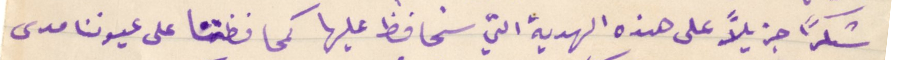
شكرًا جزيلًا على هذه الهدية التي سنحافظ عليها كمحافظتنا على عيوننا مدى